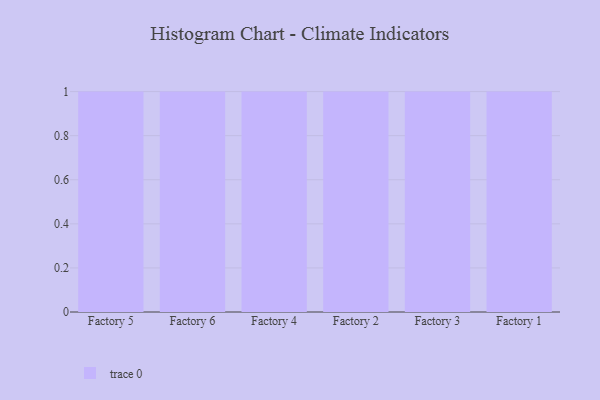
{"axis": {"x": "Factory", "y": "Bounce Rate (%)"}, "legend": [""], "data": [{"x": "Factory 5", "y": 67, "type": ""}, {"x": "Factory 6", "y": 51, "type": ""}, {"x": "Factory 4", "y": 56, "type": ""}, {"x": "Factory 2", "y": 41, "type": ""}, {"x": "Factory 3", "y": 32, "type": ""}, {"x": "Factory 1", "y": 51, "type": ""}]}